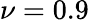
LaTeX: \nu=0.9